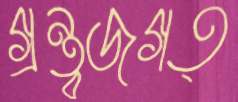
গ্রন্থজগত্